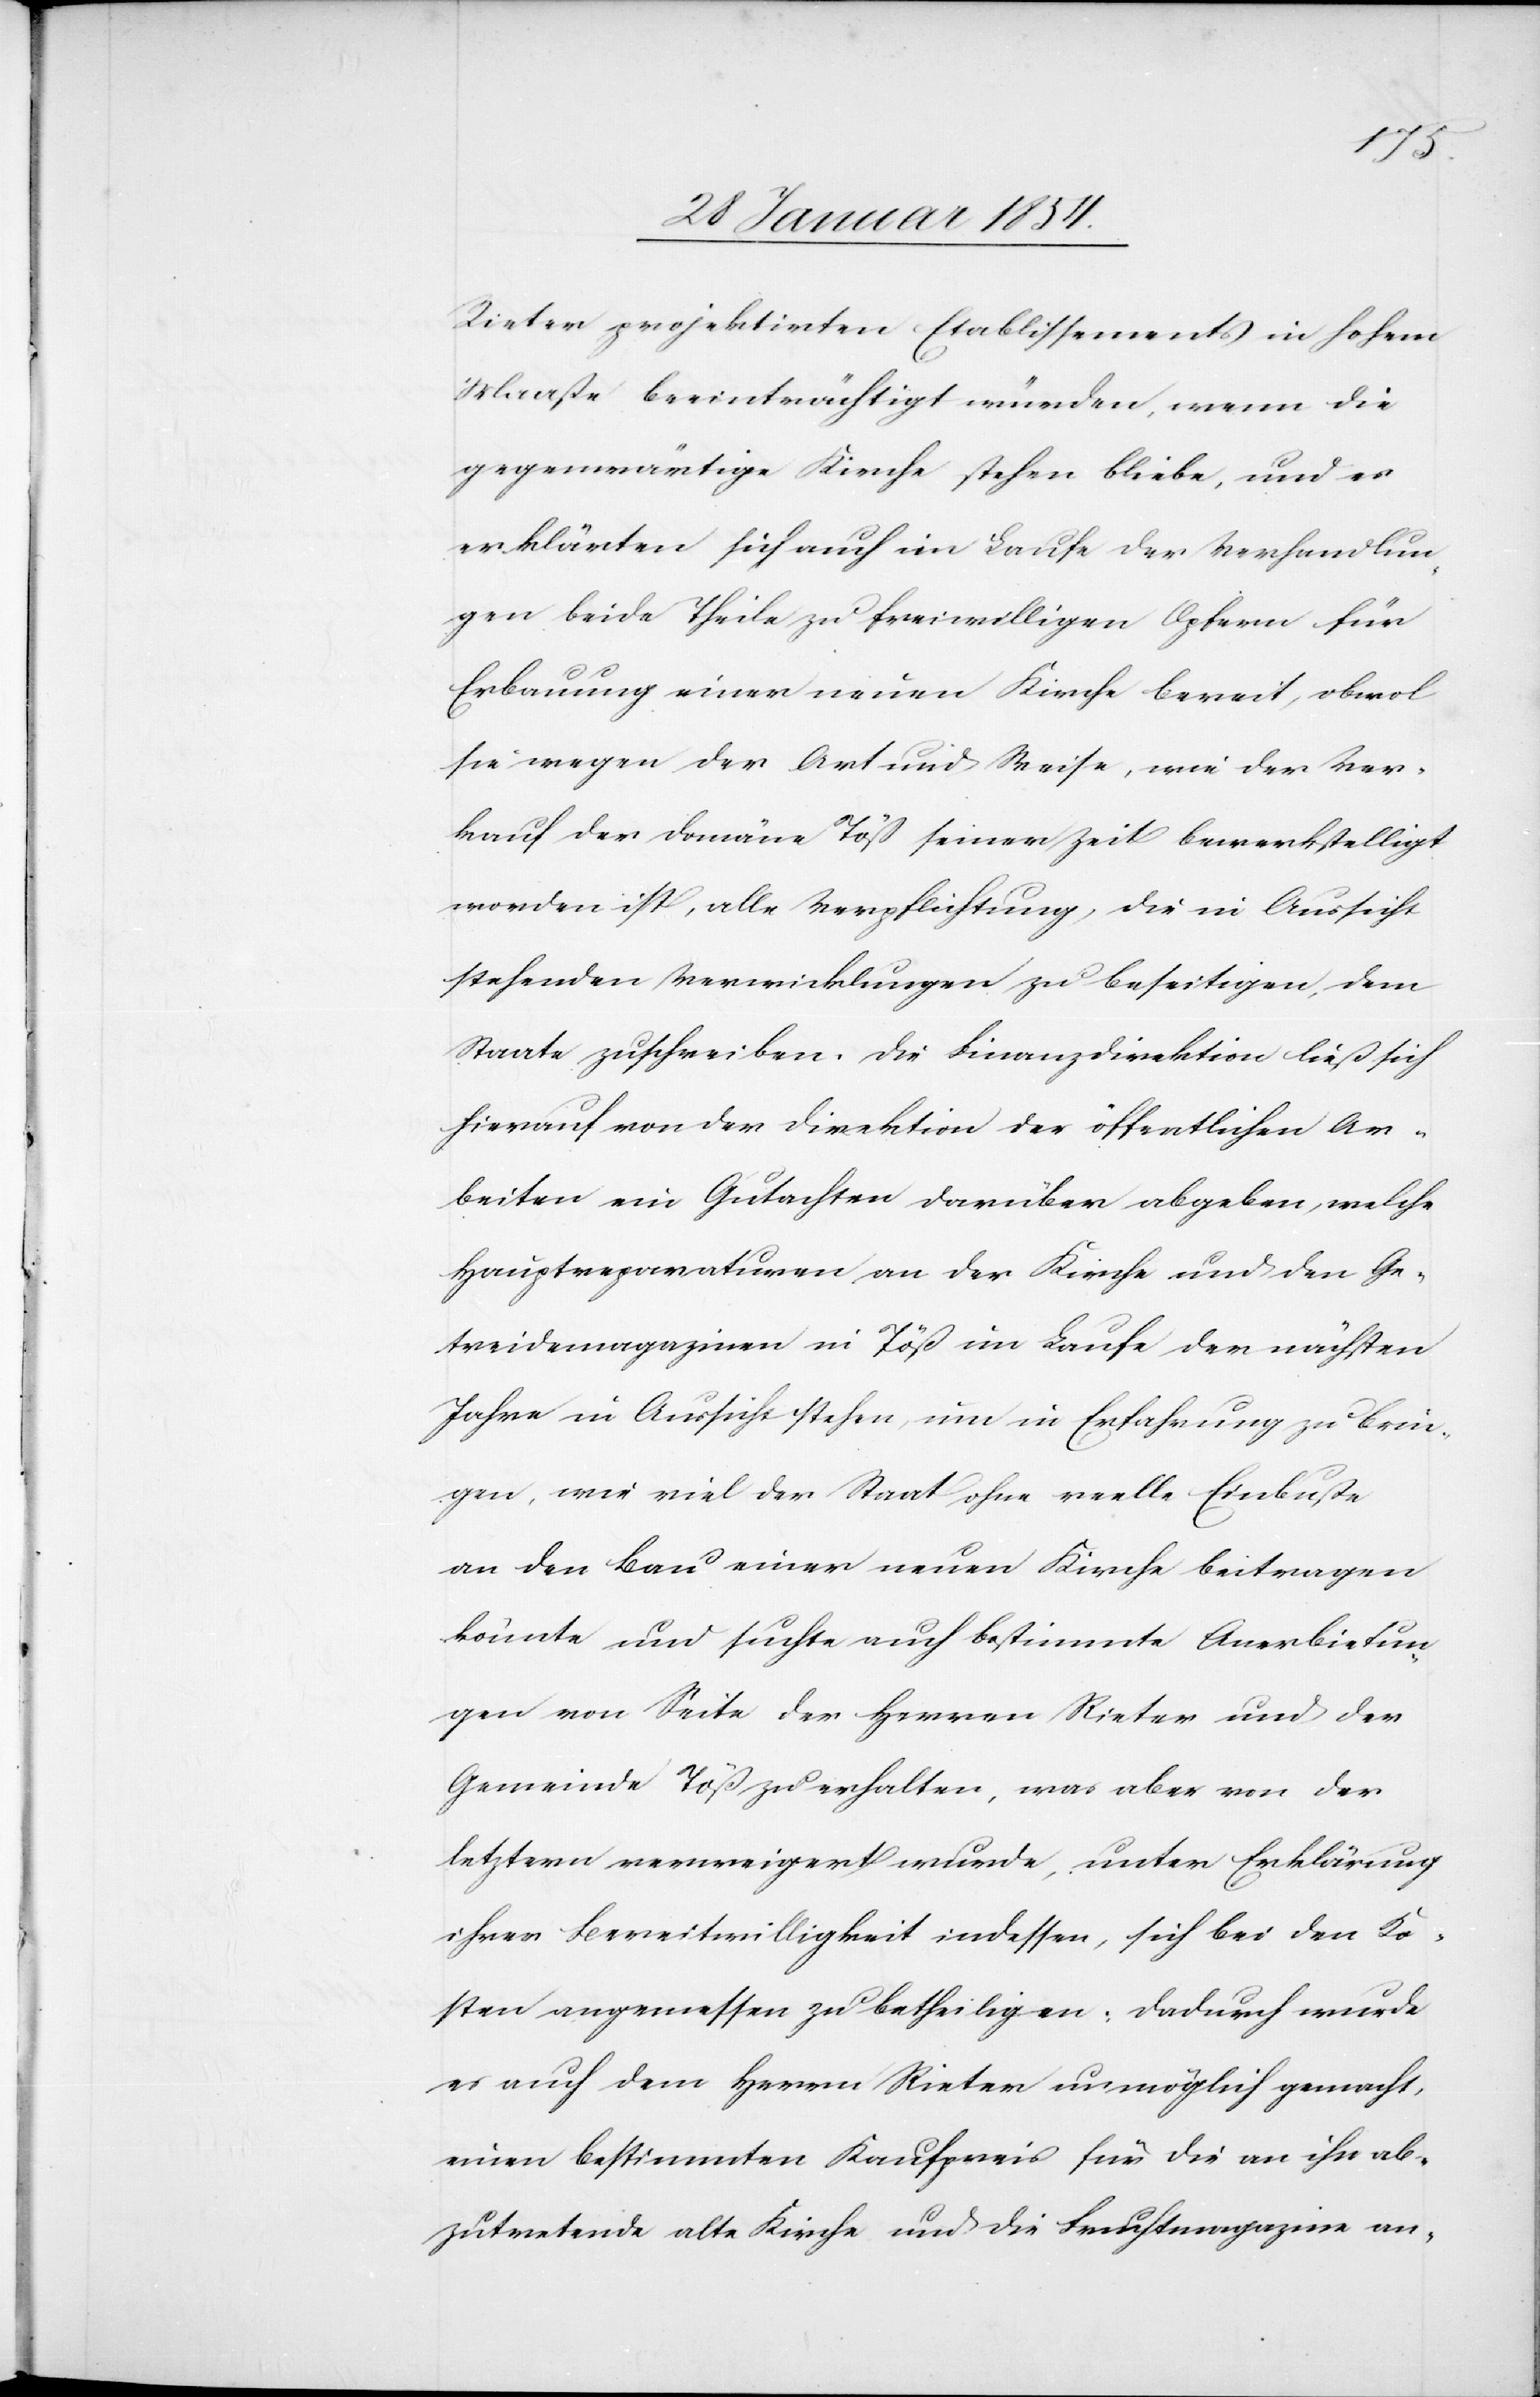
Reiter projektirten Etablissements in hohem
Maaße beeinträchtigt würden, wenn die
gegenwärtige Kirche stehen bliebe, und es
erklärten sich auch im Laufe der Verhandlun¬
gen beide Theile zu freiwilligen Opfern für
Erbauung einer neuen Kirche bereit, obwol
sie wegen der Art und Weise, wie der Ver¬
kauf der Domäne Töß seiner Zeit bewerkstelligt
worden ist, alle Verpflichtung, die in Aussicht
stehenden Verwicklungen zu beseitigen, dem
Staate zuschreiben, die Finanzdirektion ließ sich
hierauf von der Direktion der öffentlichen Ar¬
beiten ein Gutachten darüber abgeben, welche
Hauptreparaturen an der Kirche und den Ge¬
treidemagazinen in Töß im Laufe der nächsten
Jahre in Aussicht stehen, um in Erfahrung zu brin¬
gen, wie viel der Staat ohne reelle Einbuße
an den Bau einer neuen Kirche beitragen
könnte und suchte auch bestimmte Anerbietun¬
gen von Seite der Herren Rieter und der
Gemeinde Töß zu erhalten, was aber von der
letzern verweigert wurde, unter Erklärung
ihrer Bereitwilligkeit indessen, sich bei den Ko¬
sten angemessen zu betheiligen: Dadurch wurde
es auch dem Herrn Rieter unmöglich gemacht,
einen bestimmten Kaufpreis für die an ihn ab¬
zutretende alte Kirche und die Fruchtmagazine an-